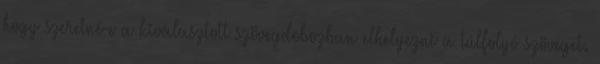
hogy szeretné-e a kiválasztott szövegdobozban elhelyezni a túlfolyó szöveget.